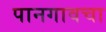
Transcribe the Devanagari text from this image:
पानगावचा